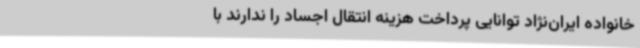
خانواده ایران‌نژاد توانایی پرداخت هزینه انتقال اجساد را ندارند با